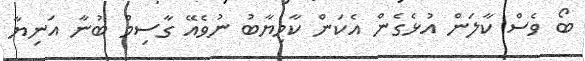
ބޯ ވެސް ކާލަން އުޅެގެން އެކަން ކާމިޔާބު ނުވެއޭ ގާސިމް ބުނާ އަނިޔާ